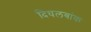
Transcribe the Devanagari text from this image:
दिघलबांक